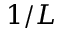
1 / L